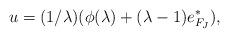
LaTeX: \begin{align*}u = (1/\lambda)(\phi(\lambda) + (\lambda - 1) e^*_{F_J}),\end{align*}